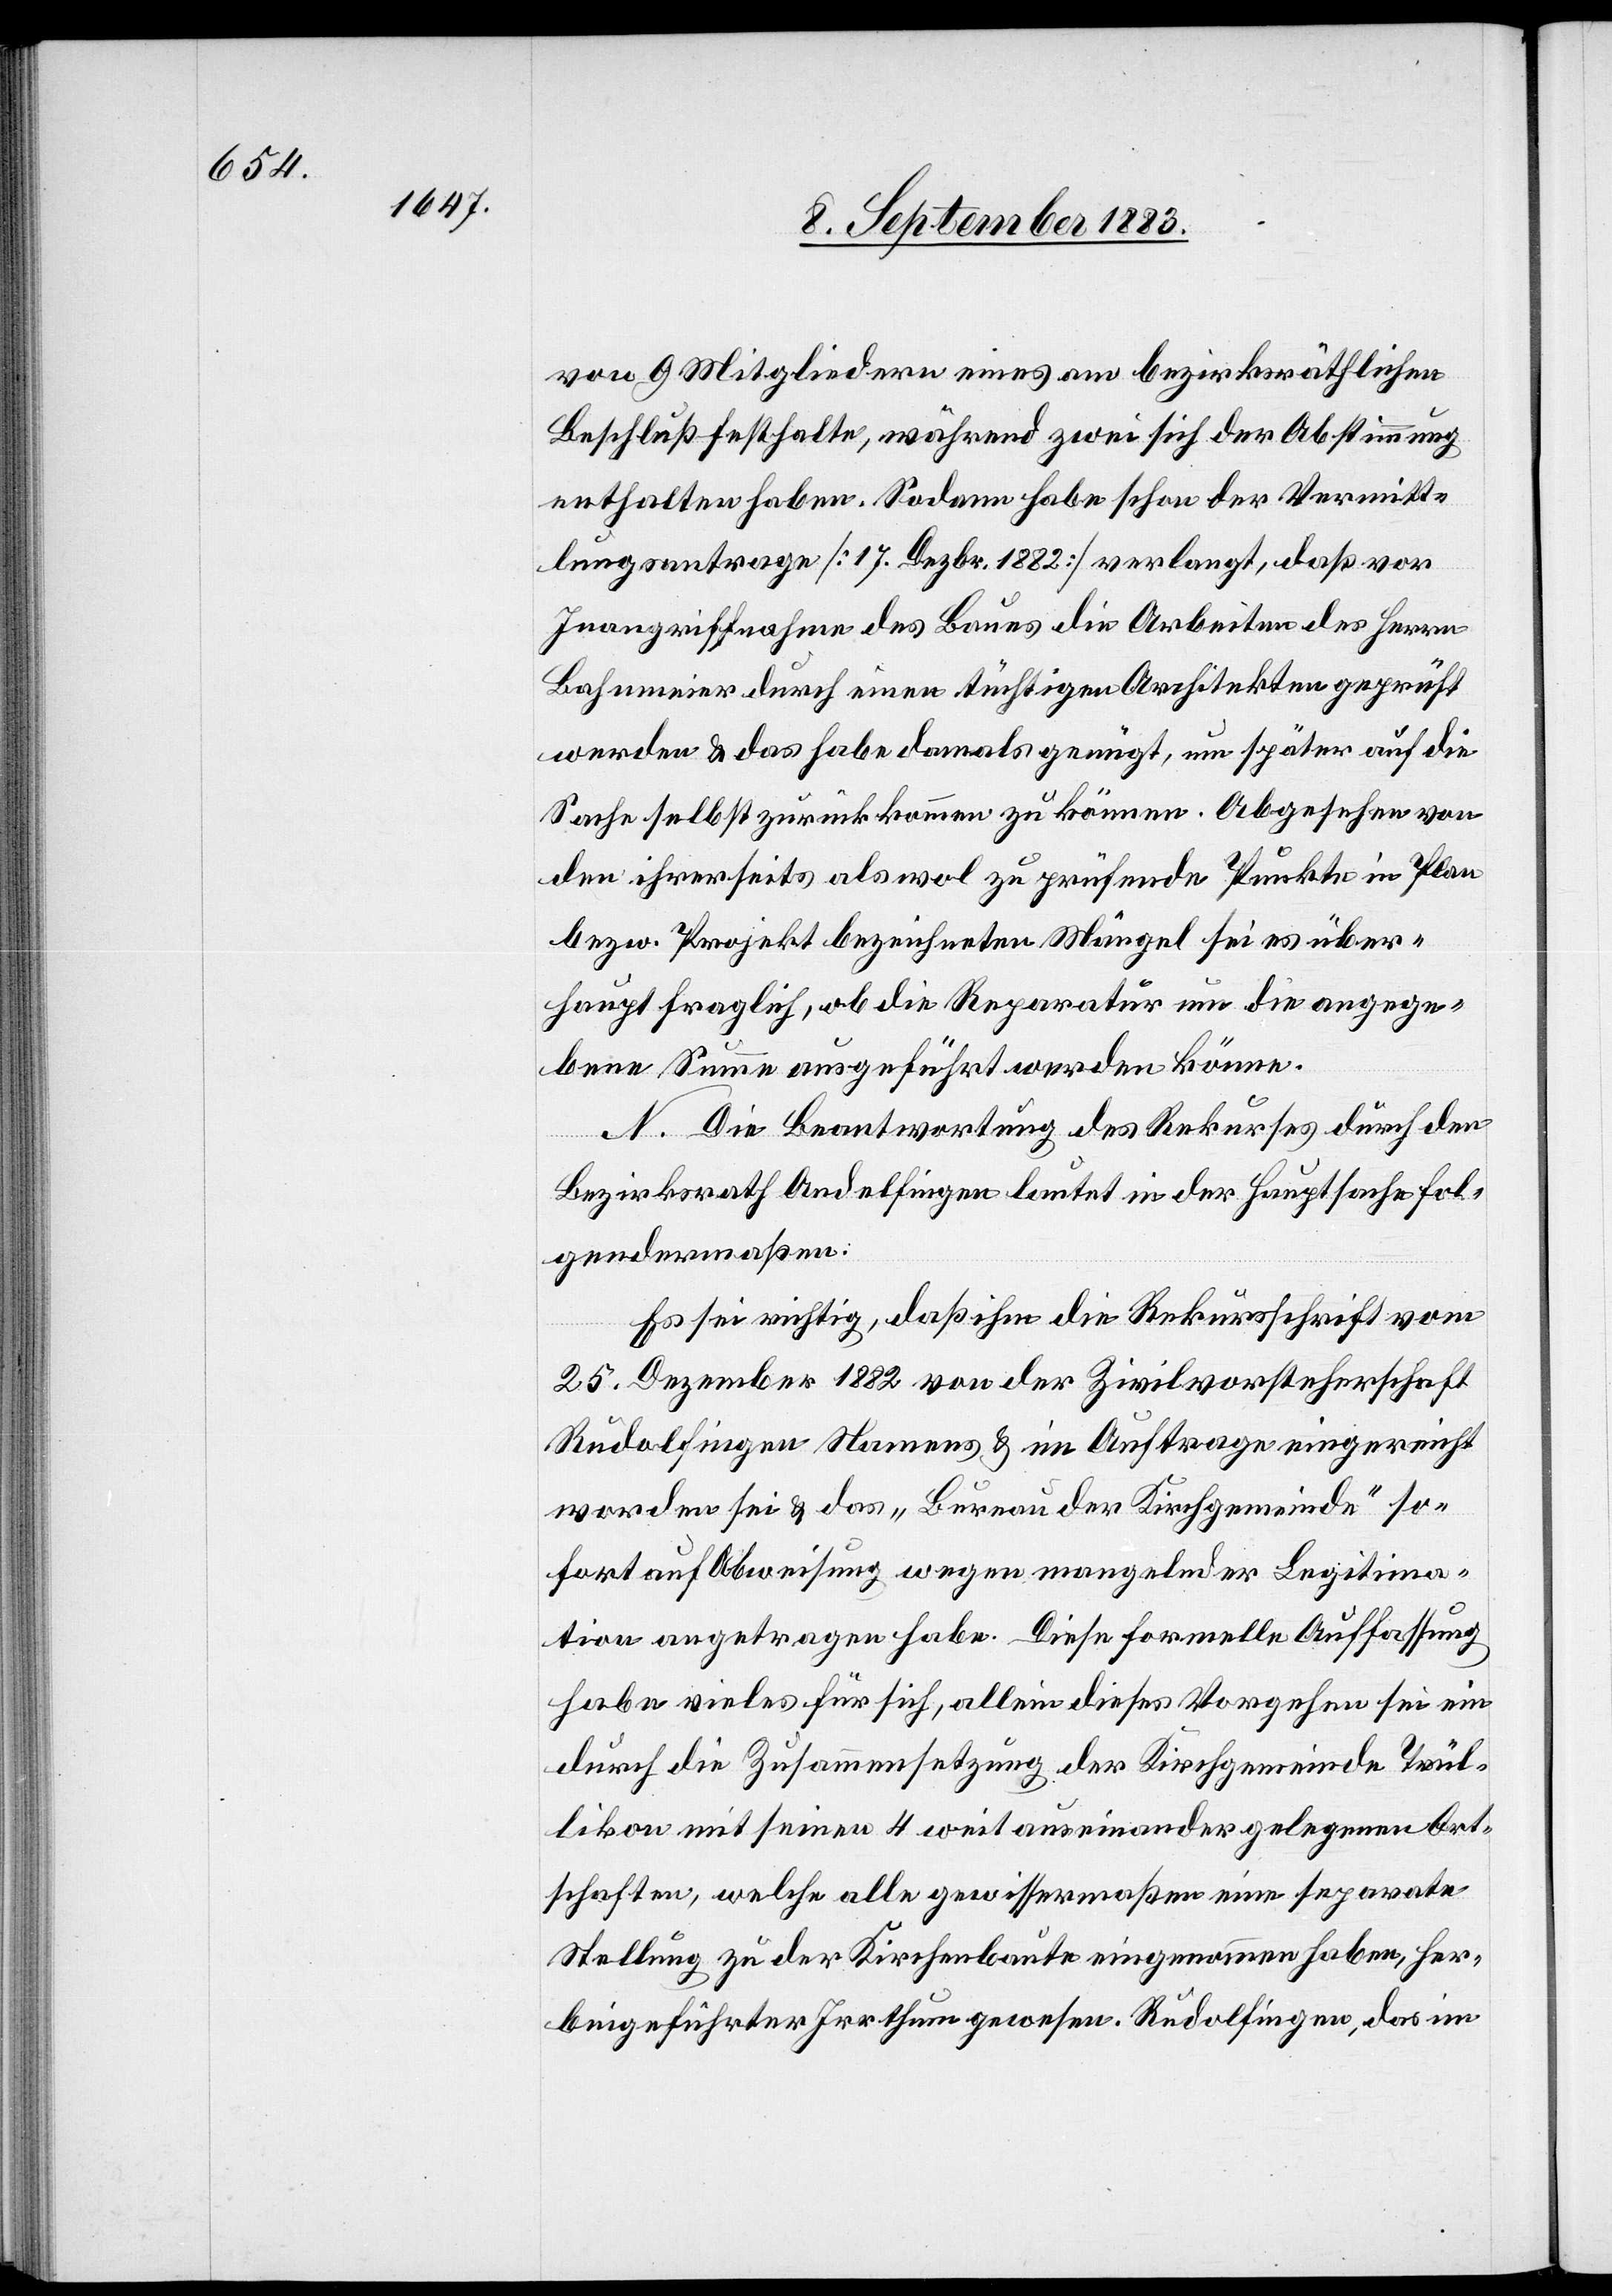
von 9 Mitgliedern eines am bezirksräthlichen
Beschluß festhalte, während zwei sich der Abstimmung
enthalten haben. Sodann habe schon der Vermitt¬
lungsantrage [sic!] [17. Dezbr. 1882] verlangt, daß vor
Inangriffnahme des Baues die Arbeiten des Herrn
Bahnmeier durch einen tüchtigen Architekten geprüft
werden & das habe damals genügt, um später auf die
Sache selbst zurückkommen zu können. Abgesehen von
den ihrerseits als wol zu prüfende Punkte in Plan
bezw. Projekt bezeichneten Mängel sei es über¬
haupt fraglich, ob die Reparatur um die angege¬
bene Summe ausgeführt werden könne.
N. Die Beantwortung des Rekurses durch den
Bezirksrath Andelfingen lautet in der Hauptsache fol¬
gendermaßen:
Es sei richtig, daß ihm die Rekursschrift vom
25. Dezember 1882 von der Zivilvorsteherschaft
Rudolfingen Namens & im Auftrage eingereicht
worden sei & das „Bureau der Kirchgemeinde“ so¬
fort auf Abweisung wegen mangelnder Legitima¬
tion angetragen habe. Diese formelle Auffassung
habe vieles für sich, allein dieses Vorgehen sei ein
durch die Zusammensetzung der Kirchgemeinde Trül¬
likon mit seinen 4 weit auseinander gelegenen Ort¬
schaften, welche alle gewissermaßen eine separate
Stellung zu der Kirchenbaute eingenommen haben, her¬
beigeführter Irrthum gewesen. Rudolfingen, das im